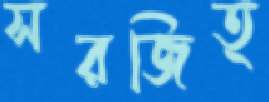
সরজিত্